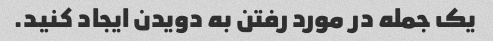
یک جمله در مورد رفتن به دویدن ایجاد کنید.